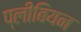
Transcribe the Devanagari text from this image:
प्लीबियन